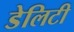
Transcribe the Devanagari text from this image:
डेलिटी